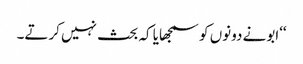
‘‘ابونے دونوں کو سمجھایا کہ بحث نہیں کرتے۔